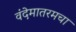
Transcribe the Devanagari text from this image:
वंदेमातरमचा